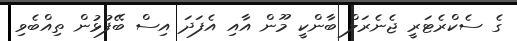
ގެ ސެކްރެޓަރީ ޖެނެރަލް ބާންކީ މޫން އާއި އެފަދަ އިސް ބޭފުޅުން ތިއްބެވި